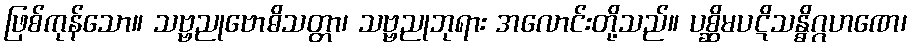
ဖြစ်ကုန်သော။ သဗ္ဗညုဗောဓိသတ္တာ၊ သဗ္ဗညုဘုရား အလောင်းတို့သည်။ ပစ္ဆိမပဋိသန္ဓိဂ္ဂဟဏေ၊